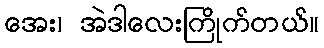
အေး၊ အဲဒါလေးကြိုက်တယ်။